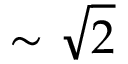
\sim \sqrt { 2 }